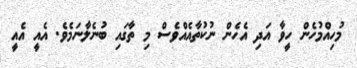
މުހިއްމުހެން ހީވާ އަދި އެހެން ނުކުތާއެއްވެސް މި ތާގައި ބުނެލާނަމެވެ. އެއީ އެއީ